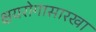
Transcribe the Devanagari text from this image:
क्षयरोगासारखा